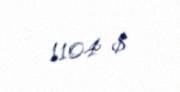
1104 $